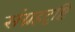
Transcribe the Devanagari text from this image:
संग्रहदृष्टि